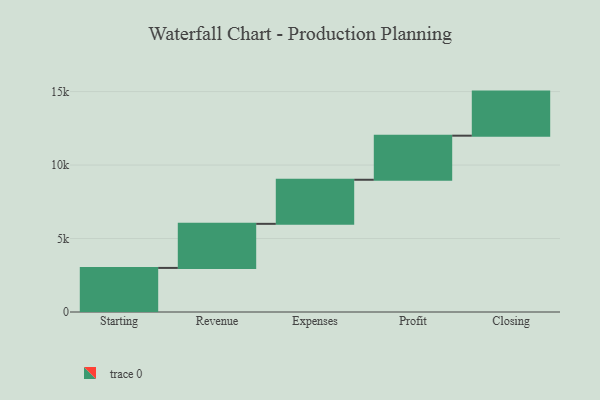
{"axis": {"x": "Step", "y": "Value"}, "legend": [""], "data": [{"x": "Starting", "y": 3000, "type": ""}, {"x": "Revenue", "y": 3000, "type": ""}, {"x": "Expenses", "y": 3000, "type": ""}, {"x": "Profit", "y": 3000, "type": ""}, {"x": "Closing", "y": 3000, "type": ""}]}